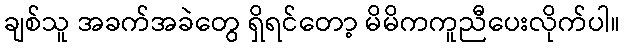
ချစ်သူ အခက်အခဲတွေ ရှိရင်တော့ မိမိကကူညီပေးလိုက်ပါ။